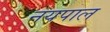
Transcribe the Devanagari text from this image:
नयपाल